Plague in India, 1896, 1897 - Volume 1
Year: 1896
Disease focus: Plague
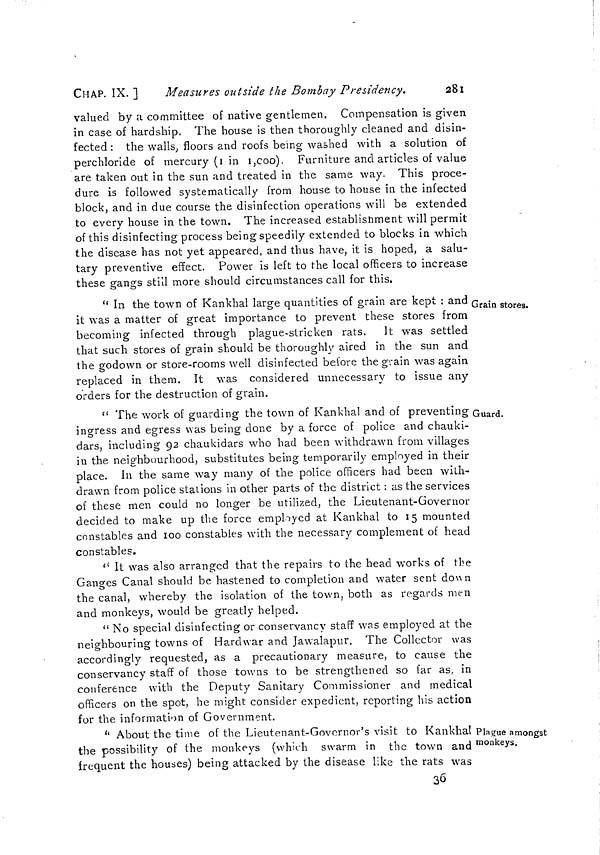
CHAP. IX. ]
Measures outside the Bombay Presidency.
281
valued by a committee of native gentlemen. Compensation is given
in case of hardship. The house is then thoroughly cleaned and disin-
fected : the walls, floors and roofs being washed with a solution of
perchloride of mercury (1 in 1,000). Furniture and articles of value
are taken out in the sun and treated in the same way. This proce-
dure is followed systematically from house to house in the infected
block, and in due course the disinfection operations will be extended
to every house in the town. The increased establishment will permit
of this disinfecting process being speedily extended to blocks in which
the disease has not yet appeared, and thus have, it is hoped, a salu-
tary preventive effect. Power is left to the local officers to increase
these gangs still more should circumstances call for this,
Grain stores.
" In the town of Kankhal large quantities of grain are kept : and
it was a matter of great importance to prevent these stores from
becoming infected through plague-stricken rats. It was settled
that such stores of grain should be thoroughly aired in the sun and
the godown or store-rooms well disinfected before the grain was again
replaced in them. It was considered unnecessary to issue any
orders for the destruction of grain.
Guard.
" The work of guarding the town of Kankhal and of preventing
ingress and egress was being clone by a force of police and chauki-
dars, including 92 chaukidars who had been withdrawn from villages
in the neighbourhood, substitutes being temporarily employed in their
place. In the same way many of the police officers had been with-
drawn from police stations in other parts of the district : as the services
of these men could no longer be utilized, the Lieutenant-Governor
decicled to make up the force employed at Kankhal to 15 mounted
constables and 100 constables with the necessary complement of head
constables.
" It was also arranged that the repairs to the head works of the
Ganges Canal should be hastened to completion and water sent down
the canal, whereby the isolation of the town, both as regards men
and monkeys, would be greatly helped.
" No special disinfecting or conservancy staff was employed at the
neighbouring towns of Hardwar and Jawalapur. The Collector was
accordingly requested, as a precautionary measure, to cause the
conservancy staff of those towns to be strengthened so far as. in
conference with the Deputy Sanitary Commissioner and medical
officers on the spot, he might consider expedient, reporting his action
for the information of Government.
Plague amongst
monkeys.
"About the time of the Lieutenant-Governor's visit to Kankhal
the possibility of the monkeys (which swarm in the town and
frequent the houses) being attacked by the disease like the rats was
36